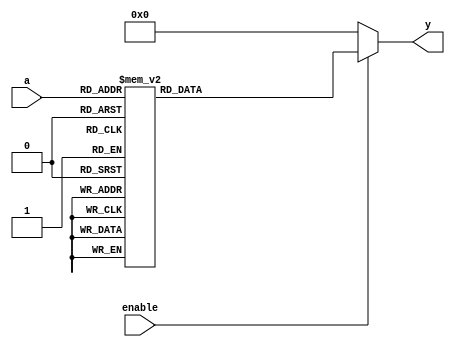
module decoder_3to8 
    (input [2:0] a,
     input enable,
     output reg [7:0] y
    );
 
    //Whenever there is a change in the bus 'a' or 'enable' -> execute the always block.
    always @(a or enable) begin  // wildcard '*' could also be used
        if (enable == 0)
           y = 8'b0;
        else begin
            case (a)   //case statement. Check all the 8 combinations.
                3'b000 : y = 8'b00000001;
                3'b001 : y = 8'b00000010;
                3'b010 : y = 8'b00000100;
                3'b011 : y = 8'b00001000;
                3'b100 : y = 8'b00010000;
                3'b101 : y = 8'b00100000;
                3'b110 : y = 8'b01000000;
                3'b111 : y = 8'b10000000;
                //PRO Tip: create a default value for output to prevent latch creation
                //You should always use a default even if all the combinations are covered (full case)
                default : y = 8'b00000000;
            endcase
        end
    end
  
endmodule